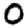
Digit: 0